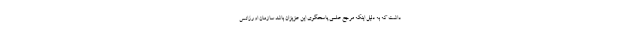
داشت که به دلیل اینکه مرجع علمی پاسخگوی این عزیزان باشد سازمان اورژانس